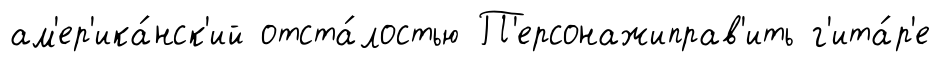
ам'ер'ика́нск'ий отста́лостью П'ерсонажиправ'ить г'ита́р'е